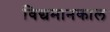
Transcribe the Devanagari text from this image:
विद्यमानकाल